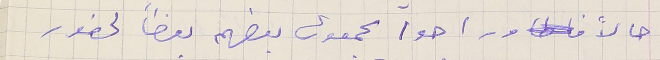
حالاً وراحوا يجمعون بعضهم بعضاً لحضور